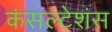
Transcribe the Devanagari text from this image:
कंसल्टेशंस